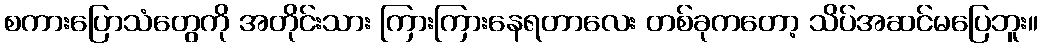
စကားပြောသံတွေကို အတိုင်းသား ကြားကြားနေရတာလေး တစ်ခုကတော့ သိပ်အဆင်မပြေဘူး။